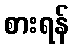
စားရန်